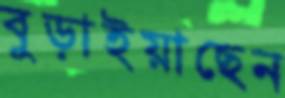
বুড়াইয়াছেন